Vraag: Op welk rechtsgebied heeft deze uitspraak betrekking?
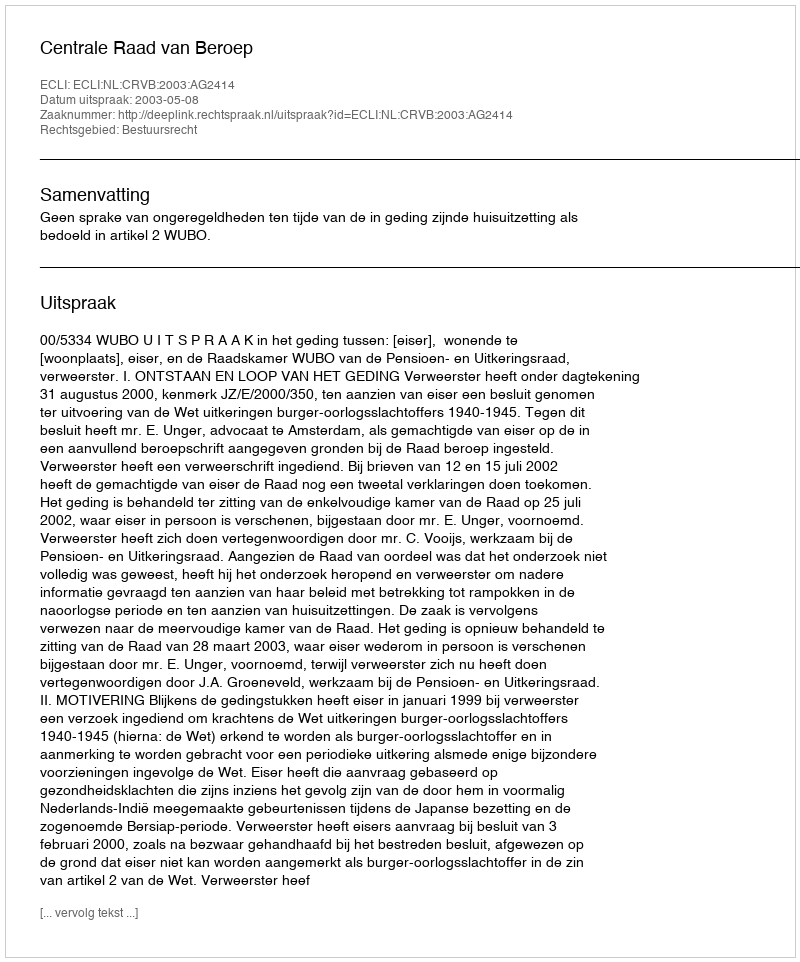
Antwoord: Bestuursrecht